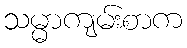
သမ္မာကျမ်းစာက